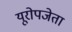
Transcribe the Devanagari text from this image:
यूरोपजेता